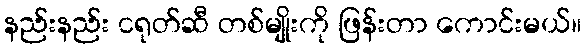
နည်းနည်း ငရုတ်ဆီ တစ်မျိုးကို ဖြန်းတာ ကောင်းမယ်။